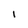
Character: i